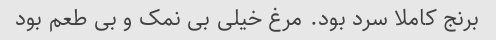
برنج کاملا سرد بود. مرغ خیلی بی نمک و بی طعم بود